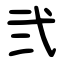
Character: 弐